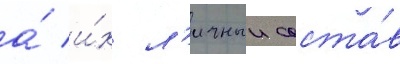
а́ и́х л'ичныи соста́в